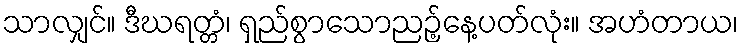
သာလျှင်။ ဒီဃရတ္တံ၊ ရှည်စွာသောညဉ့်နေ့ပတ်လုံး။ အဟံတာယ၊